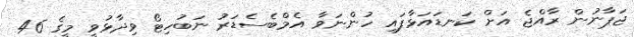
ޖަޕާނުން ރާއްޖެ އަށް ކަނޑައަަޅާފައި ހުންނަވާ އެމްބެސެޑަރު ނަބުހިޓޯ ވިދާޅުވީ މީގެ 46